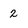
Character: 2